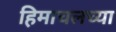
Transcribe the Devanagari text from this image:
हिमाचलच्या